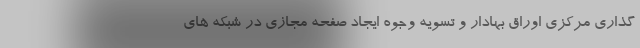
گذاری مرکزی اوراق بهادار و تسویه وجوه ایجاد صفحه مجازی در شبکه های